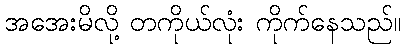
အအေးမိလို့ တကိုယ်လုံး ကိုက်နေသည်။